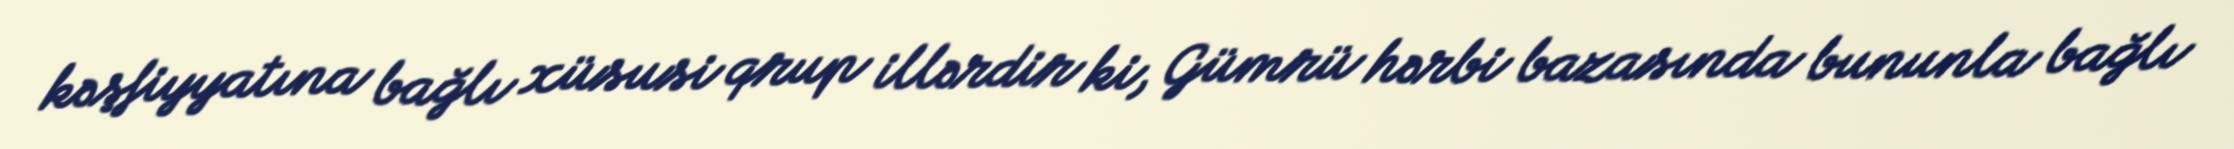
kəşfiyyatına bağlı xüsusi qrup illərdir ki, Gümrü hərbi bazasında bununla bağlı